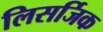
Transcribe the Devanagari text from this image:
लिसर्जिक